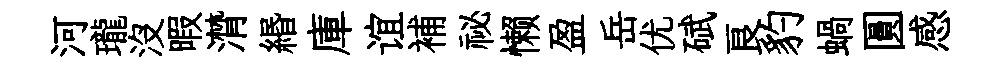
河瓏沒暇潸緡庫谊補祕懒盈岳优碔良豹蝸圓感